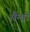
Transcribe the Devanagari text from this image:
सैन्ग्रो